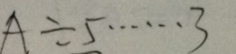
A \div 5 \cdots 3